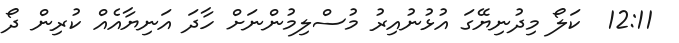
12:11  ކަލޯ މިދުނިޔޭގަ އުޅުނުއިރު މުސްލިމުންނަށް ހާދަ އަނިޔާއެއް ކުރިން ދޯ